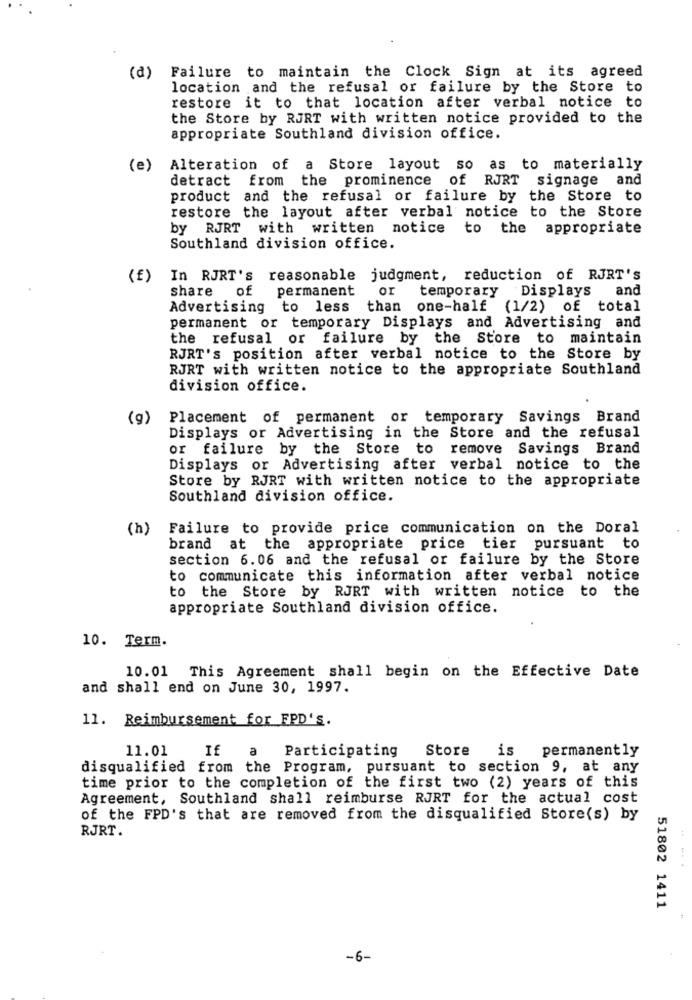
Failure to maintain the Clock Sign at its agreed
(a)
location and the refusal or failure by the Store
to
restore it to that location after verbal notice to
the Store by RJRT with written notice provided to the
appropriate Southland division office.
(e)
Alteration of a Store layout so as to materially
detract from the prominence of RJRT signage and
product and the refusal or failure by the Store to
restore the layout after verbal notice to the Store
by RJRT with written notice to the appropriate
Southland division office.
(£)
In RJRT'S
reasonable judgment, reduction of RJRT'S
share
of
permanent
or
temporary
Displays
and
Advertising to less than one-half (1/2) of total
permanent or temporary Displays and Advertising and
the refusal or failure by the Store to maintain
RJRT's position after verbal notice to the Store by
RJRT with written notice to the appropriate Southland
division office.
(g)
Placement of permanent or temporary Savings Brand
Displays or Advertising in the Store and the refusal
or failure by the Store to remove Savings Brand
Displays or Advertising after verbal notice to the
Store by RJRT with written notice to the appropriate
Southland division office.
(h)
Failure to provide price communication on the Doral
brand at the appropriate price tier pursuant to
section 6.06 and the refusal or failure by the Store
to communicate this information after verbal notice
to the Store by RJRT with written notice to the
appropriate Southland division office.
10. Term.
10.01 This Agreement shall begin on the Effective Date
and shall end on June 30, 1997.
11. Reimbursement for FPD'S.
11.01
Participating
Store
is
permanently
If
disqualified from the Program, pursuant to section 9, at any
time prior to the completion of the first two (2) years of this
Agreement, Southland shall reimburse RJRT for the actual cost
of the FPD's that are removed from the disqualified Store(s) by
RJRT.
51802 1411
-6-